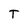
Character: T